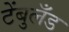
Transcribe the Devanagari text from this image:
टेंबुलँड